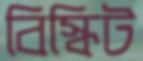
বিস্কিট